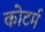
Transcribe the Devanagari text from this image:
कोटर्म